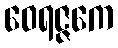
ဝေရဇ္ဇကေ